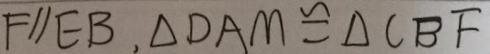
F / / E B , \Delta D A M \cong \Delta C B F